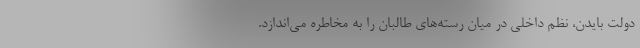
دولت بایدن، نظم داخلی در میان رسته‌های طالبان را به مخاطره می‌اندازد.